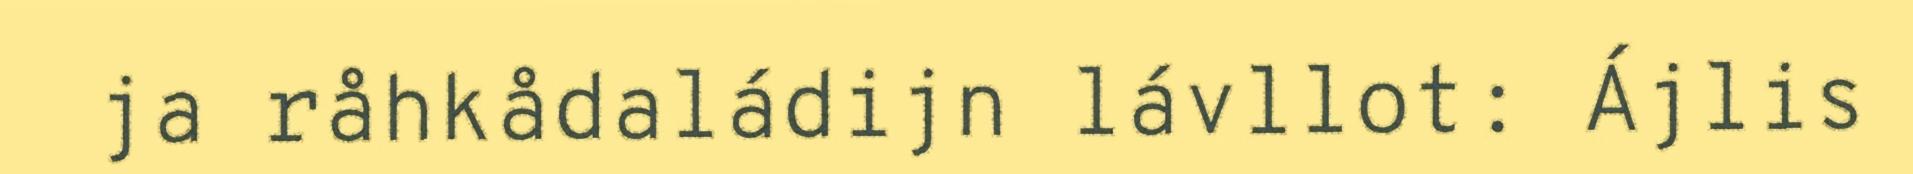
ja råhkådaládijn lávllot: Ájlis